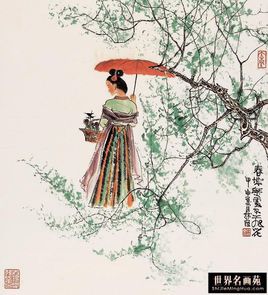
三年遇寒食，尽在洛阳城。